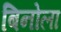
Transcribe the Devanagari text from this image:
बिनोला